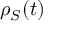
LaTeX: \rho _ { S } ( t )